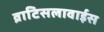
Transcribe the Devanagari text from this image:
व्राटिसलावाईस